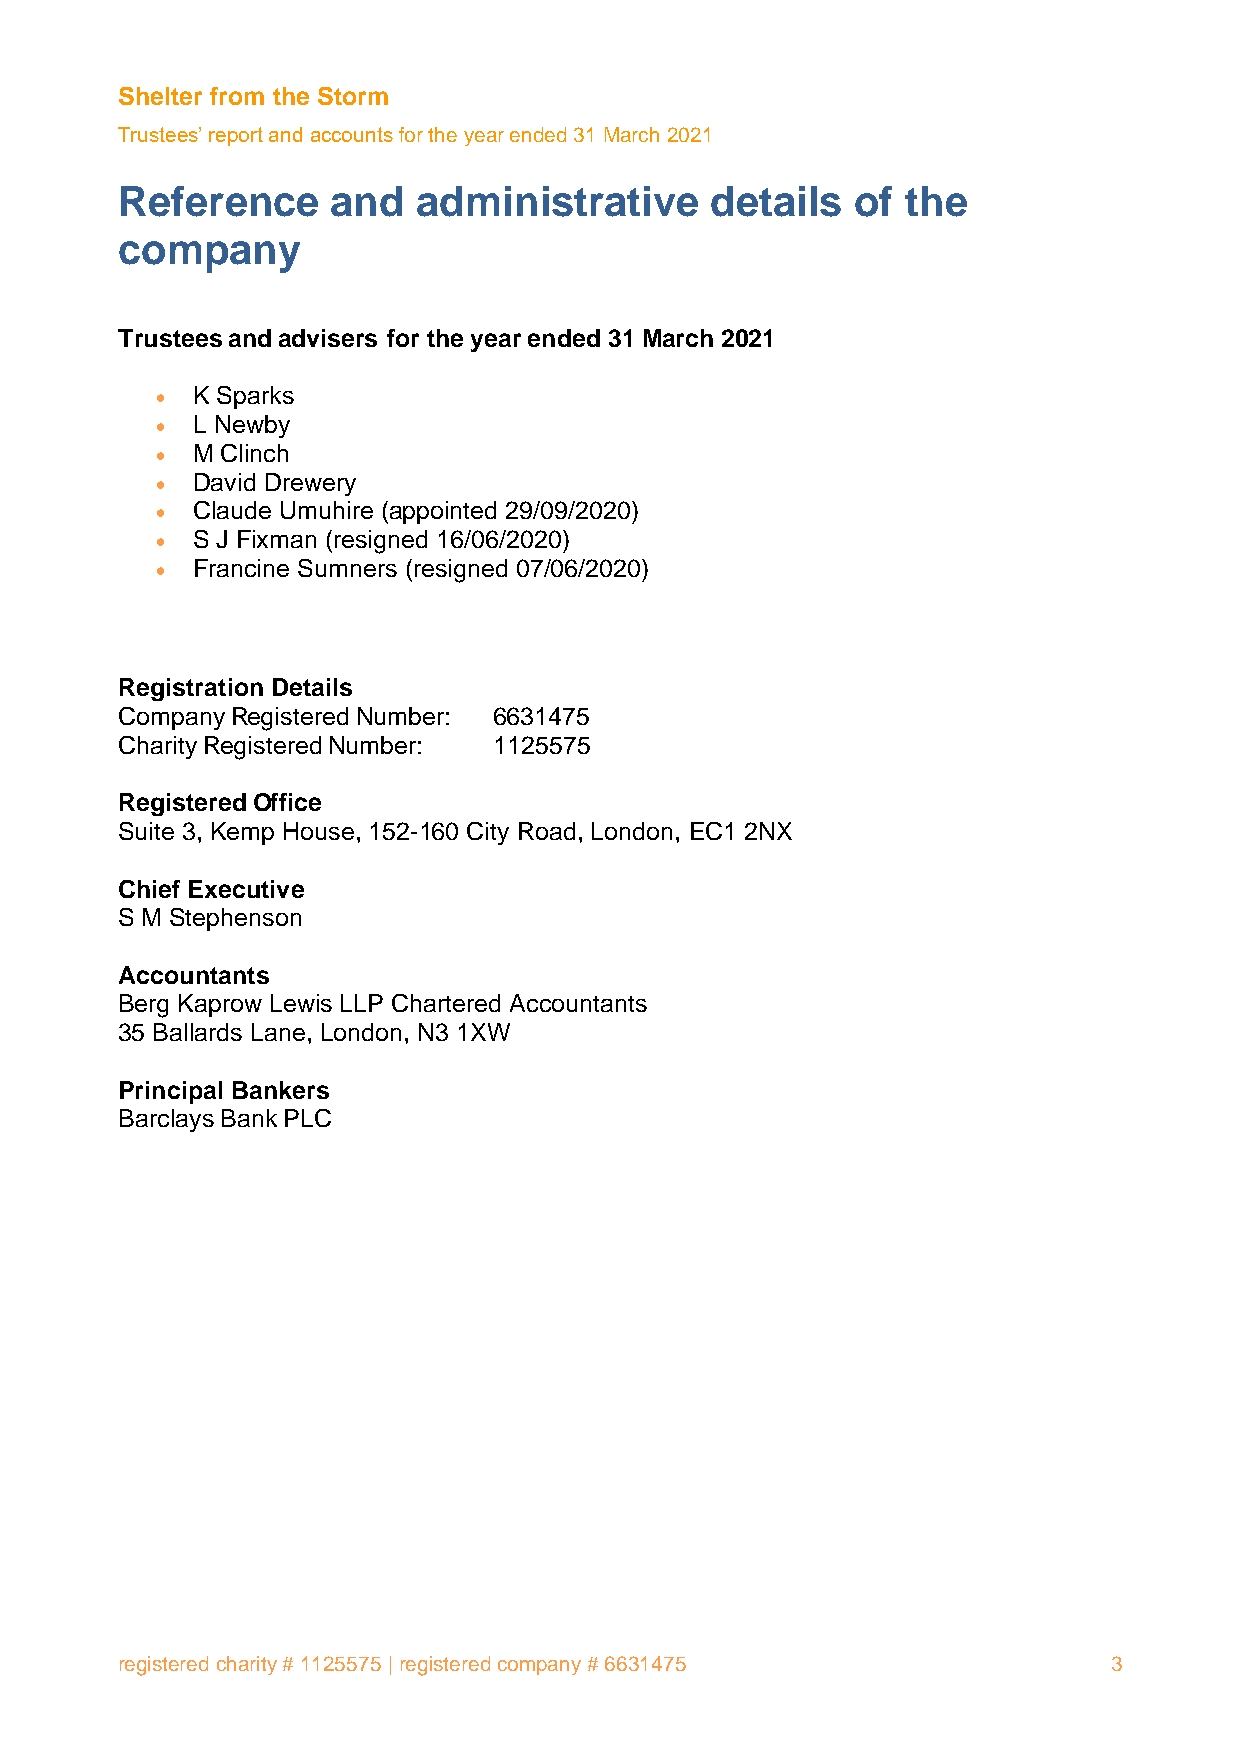
Shelter from the Storm
 Trustees’ report and accounts for the year ended 31 March 2021
 Reference     and   administrative     details   of the
 company
 Trustees and advisers for the year ended 31 March 2021
 •  K Sparks
 •  L Newby
 •  M Clinch
 •  David Drewery
 •  Claude Umuhire (appointed 29/09/2020)
 •  S J Fixman (resigned 16/06/2020)
 •  Francine Sumners (resigned 07/06/2020)
 Registration Details
 Company Registered Number: 6631475
 Charity Registered Number: 1125575
 Registered Office
 Suite 3, Kemp House, 152-160 City Road, London, EC1 2NX
 Chief Executive
 S M Stephenson
 Accountants
 Berg Kaprow Lewis LLP Chartered Accountants
 35 Ballards Lane, London, N3 1XW
 Principal Bankers
 Barclays Bank PLC
 registered charity # 1125575 | registered company # 6631475       3